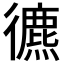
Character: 𢖐